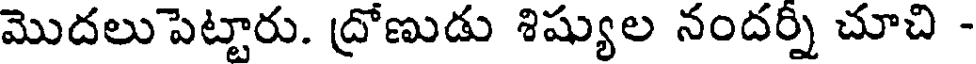
మొదలుపెట్టారు. ద్రోణుడు శిష్యుల నందర్ని చూచి -